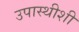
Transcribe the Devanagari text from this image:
उपास्थीशी